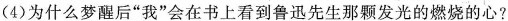
(4)为什么梦醒后”我”会在书上看到鲁迅先生那颗发光的燃烧的心?